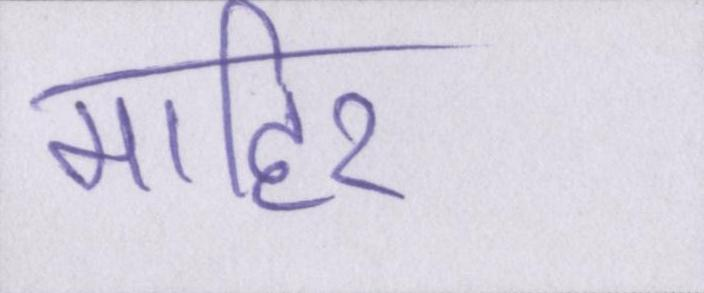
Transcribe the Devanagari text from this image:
माहिर